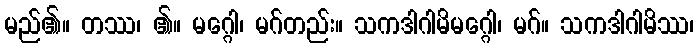
မည်၏။ တဿ၊ ၏။ မဂ္ဂေါ၊ မဂ်တည်း။ သကဒါဂါမိမဂ္ဂေါ၊ မဂ်။ သကဒါဂါမိဿ၊